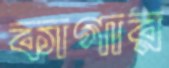
কাগার